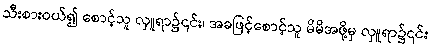
သီးစားဝယ်၍ စောင့်သူ လှူရာ၌၎င်း၊ အခဖြင့်စောင့်သူ မိမိအဖို့မှ လှူရာ၌၎င်း